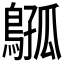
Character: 𫛈